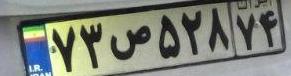
۷۳ص۵۲۸۷۴